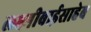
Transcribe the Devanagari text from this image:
लक्ष्मीबाईसाहेब